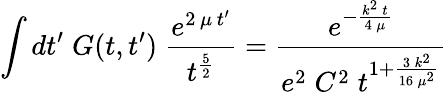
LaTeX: \int dt^{\prime}\; G(t,t^{\prime})\; \frac{e^{2\, \mu\, t^{\prime}}}{t^{\frac 52}}=\frac{e^{-\frac{k^{2}\, t}{4\, \mu}}}{e^{2}\; C^{2}\; t^{1+\frac{3\, k^{2}}{16\, \mu^{2}}}}